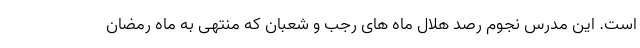
است. این مدرس نجوم رصد هلال ماه های رجب و شعبان که منتهی به ماه رمضان